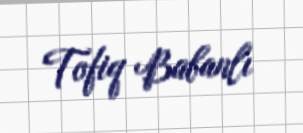
Tofiq Babanlı